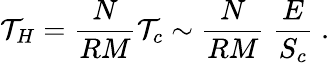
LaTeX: \mathcal{T}_{H}=\frac{{N}}{{RM}}\mathcal{T}_{c}\sim\frac{{N}}{{RM}}\; \frac{{E}}{{S_{c}}}\; .